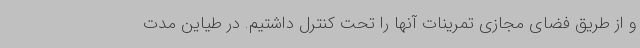
و از طریق فضای مجازی تمرینات آنها را تحت کنترل داشتیم. در طیاین مدت